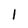
Character: 1